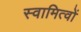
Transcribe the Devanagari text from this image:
स्वामित्वों